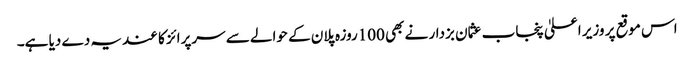
اس موقع پر وزیر اعلیٰ پنجاب عثمان بزدار نے بھی 100روزہ پلان کے حوالے سے سرپرائز کا عندیہ دے دیا ہے۔